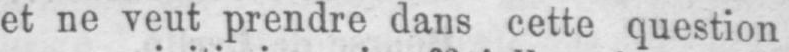
et ne veut prendre dans cette question